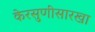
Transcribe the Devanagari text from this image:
केरसुणीसारखा